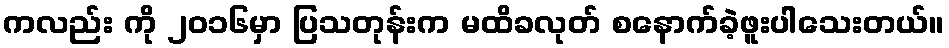
ကလည်း ကို ၂၀၁၆မှာ ပြသတုန်းက မထိခလုတ် စနောက်ခဲ့ဖူးပါသေးတယ်။